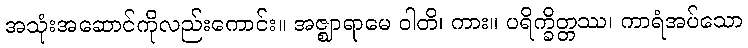
အသုံးအဆောင်ကိုလည်းကောင်း။ အဇ္ဈာရာမေ ဝါတိ၊ ကား။ ပရိက္ခိတ္တဿ၊ ကာရံအပ်သော